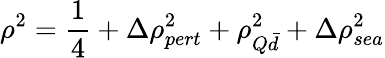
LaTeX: \rho^{2}={\frac{1}{4}}+\Delta\rho_{pert}^{2}+\rho_{Q\bar{d}}^{2}+\Delta\rho_{sea}^{2}